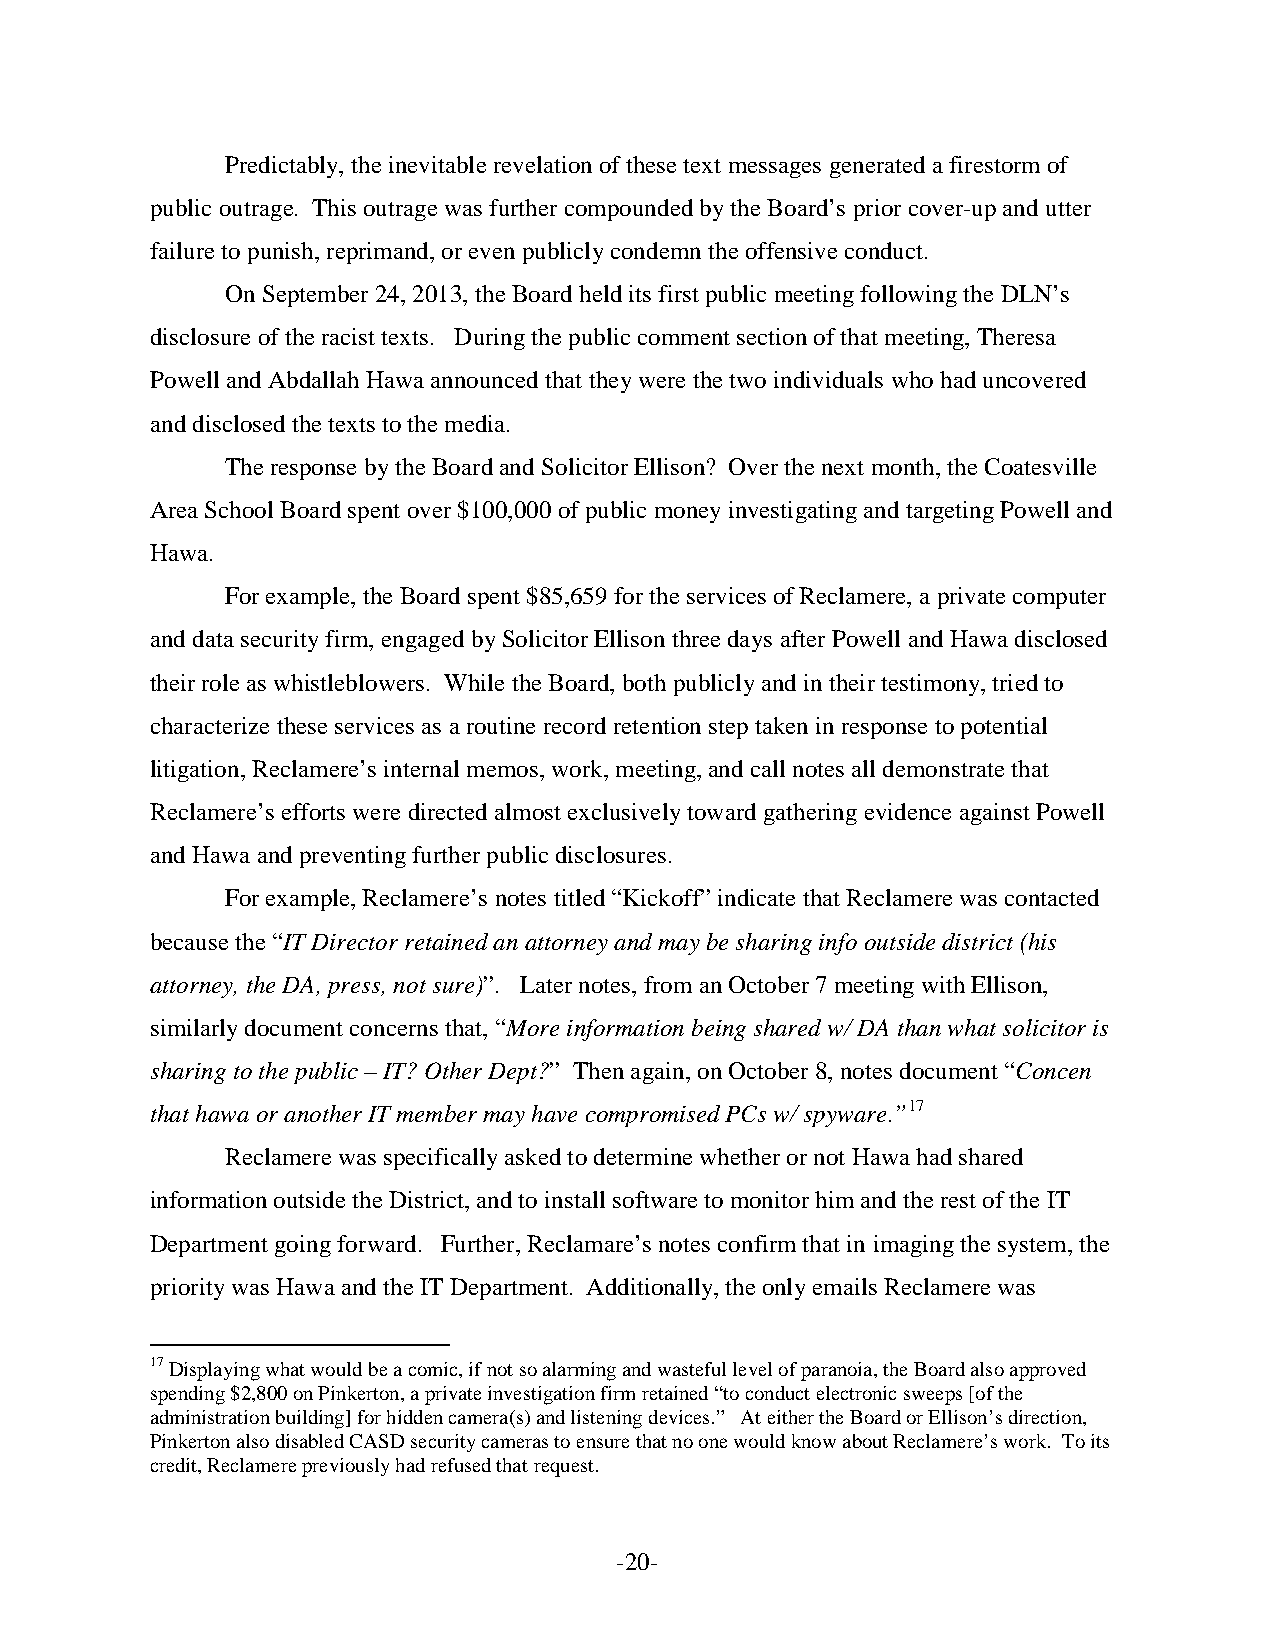
Predictably, the inevitable revelation of these text messages generated a firestorm of
 public outrage. This outrage was further compounded by the Board’s prior cover-up and utter
 failure to punish, reprimand, or even publicly condemn the offensive conduct.
 On September 24, 2013, the Board held its first public meeting following the DLN’s
 disclosure of the racist texts. During the public comment section of that meeting, Theresa
 Powell and Abdallah Hawa announced that they were the two individuals who had uncovered
 and disclosed the texts to the media.
 The response by the Board and Solicitor Ellison? Over the next month, the Coatesville
 Area School Board spent over $100,000 of public money investigating and targeting Powell and
 Hawa.
 For example, the Board spent $85,659 for the services of Reclamere, a private computer
 and data security firm, engaged by Solicitor Ellison three days after Powell and Hawa disclosed
 their role as whistleblowers. While the Board, both publicly and in their testimony, tried to
 characterize these services as a routine record retention step taken in response to potential
 litigation, Reclamere’s internal memos, work, meeting, and call notes all demonstrate that
 Reclamere’s efforts were directed almost exclusively toward gathering evidence against Powell
 and Hawa and preventing further public disclosures.
 For example, Reclamere’s notes titled “Kickoff” indicate that Reclamere was contacted
 because the “IT Director retained an attorney and may be sharing info outside district (his
 attorney, the DA, press, not sure)”. Later notes, from an October 7 meeting with Ellison,
 similarly document concerns that, “More information being shared w/ DA than what solicitor is
 sharing to the public – IT? Other Dept?” Then again, on October 8, notes document “Concen
 that hawa or another IT member may have compromised PCs w/ spyware.”17
 Reclamere was specifically asked to determine whether or not Hawa had shared
 information outside the District, and to install software to monitor him and the rest of the IT
 Department going forward. Further, Reclamare’s notes confirm that in imaging the system, the
 priority was Hawa and the IT Department. Additionally, the only emails Reclamere was
 17 Displaying what would be a comic, if not so alarming and wasteful level of paranoia, the Board also approved
 spending $2,800 on Pinkerton, a private investigation firm retained “to conduct electronic sweeps [of the
 administration building] for hidden camera(s) and listening devices.” At either the Board or Ellison’s direction,
 Pinkerton also disabled CASD security cameras to ensure that no one would know about Reclamere’s work. To its
 credit, Reclamere previously had refused that request.
 -20-